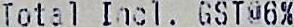
TOTAL INCL. GST@6%